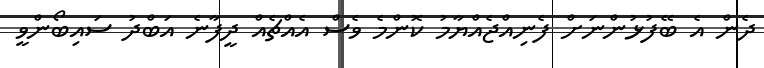
ދެން އެ ބޭފުޅުންނަށް ފެނިއްޖެއްޔާމު ކޮންމެ ވެސް އެއްޗެއް ދީފާނެ އަބްދު ސައިބޯންވީ